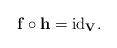
LaTeX: \begin{align*}\mathbf{f}\circ\mathbf{h}=\mathrm{id}_{\mathbf{V}}. \end{align*}